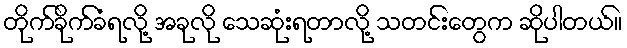
တိုက်ခိုက်ခံရလို့ အခုလို သေဆုံးရတာလို့ သတင်းတွေက ဆိုပါတယ်။